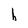
Character: h